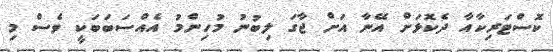
ކޮސްޓަރިކާއާ ދެކޮޅަށް އޭނާ އަށް ޖާގަ ލިބުނު މުހިންމު އެއްސަބަބަކީ ވެސް މި